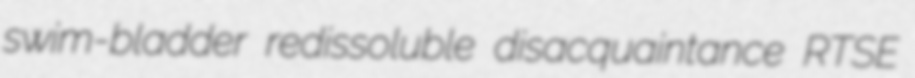
swim-bladder redissoluble disacquaintance RTSE